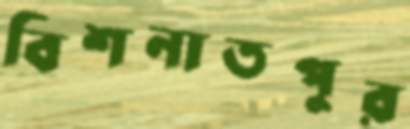
বিশনাতপুর